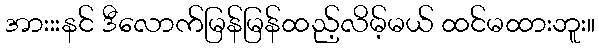
အားးးနင် ဒီလောက်မြန်မြန်ထည့်လိမ့်မယ် ထင်မထားဘူး။